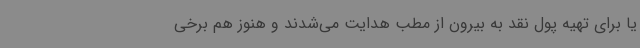
یا برای تهیه پول نقد به بیرون از مطب هدایت می‌شدند و هنوز هم برخی